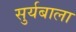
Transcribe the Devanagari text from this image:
सुर्यबाला